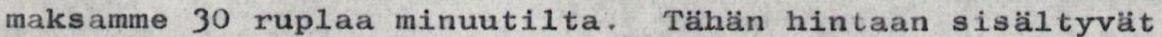
maksamme 30 ruplaa minuutilta. Tähän hintaan sisältyvät